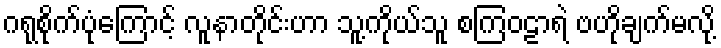
ဂရုစိုက်ပုံကြောင့် လူနာတိုင်းဟာ သူ့ကိုယ်သူ စကြဝဠာရဲ ဗဟိုချက်မလို့